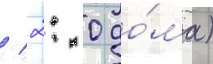
/ 2: 0 до́ма)